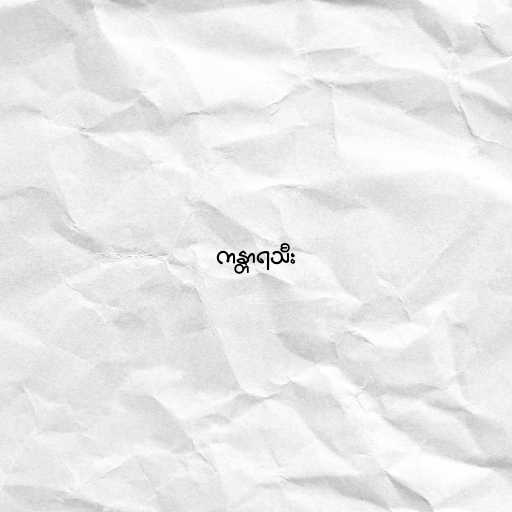
ကန္တာရသီး